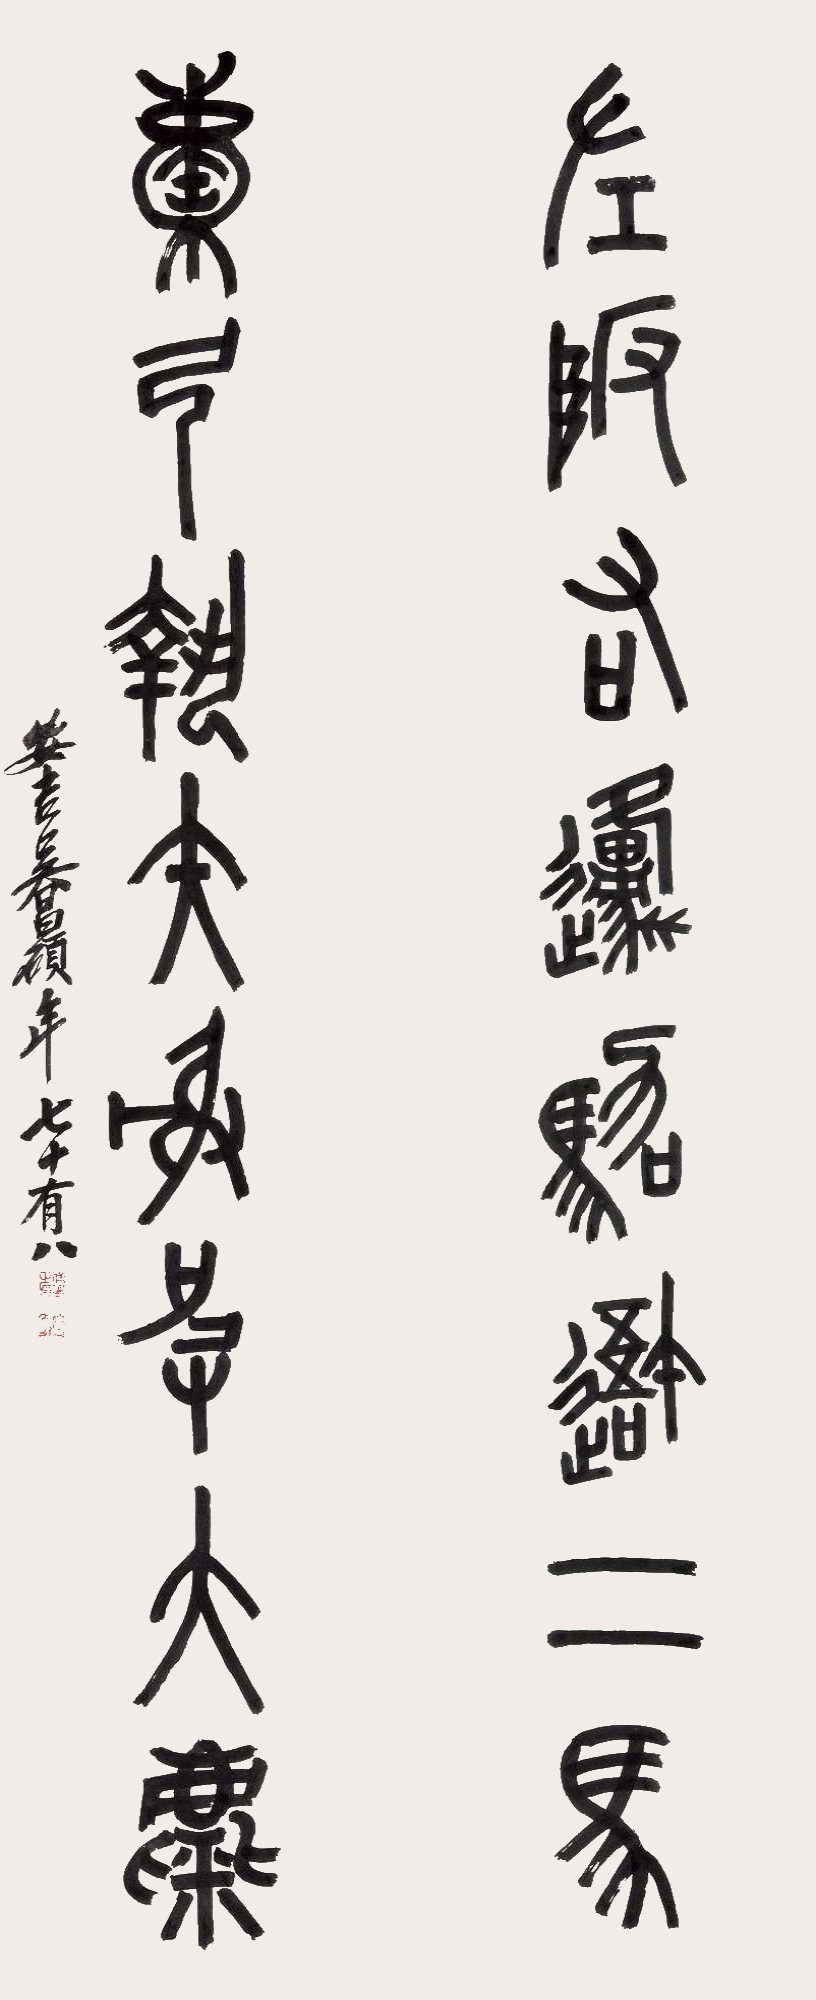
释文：左陂右原驾我二马，抱弓执失射皮大麋。安吉吴昌硕年七十有八。